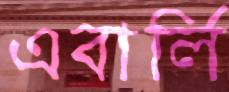
এবার্লি